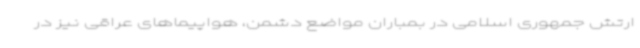
ارتش جمهوری اسلامی در بمباران مواضع دشمن، هواپیماهای عراقی نیز در